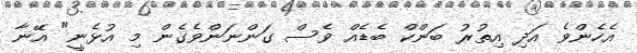
އެހެންވެ އަދި އިތުރު ބަންކް ބެޑެއް ވެސް ގަންނަންވެގެން މި އުޅެނީ" އޭނާ